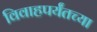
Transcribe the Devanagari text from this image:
विवाहपर्यंतच्या